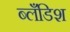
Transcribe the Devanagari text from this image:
ब्लँडिश